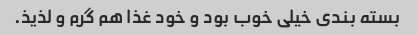
بسته بندی خیلی خوب بود و خود غذا هم گرم و لذیذ.